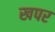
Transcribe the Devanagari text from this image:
खपर